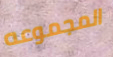
المجموعه